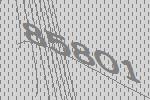
85801